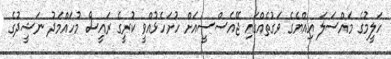
ހަލީމުގެ މައްސަލަ އިއްޔެގެ ވަގުތެއްގައި ޖޭއެސްސީއަށް ހުށަހެޅުއްވީ ކުރީގެ ރައީސް މުހައްމަދު ނަޝީދުގެ